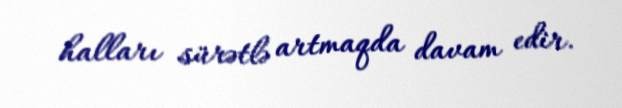
halları sürətlə artmaqda davam edir.